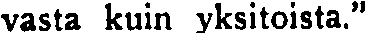
vasta kuin yksitoista.''